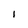
Character: 1